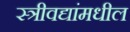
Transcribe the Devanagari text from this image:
स्त्रीवद्यांमधील